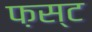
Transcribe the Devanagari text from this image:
फ़स्ट